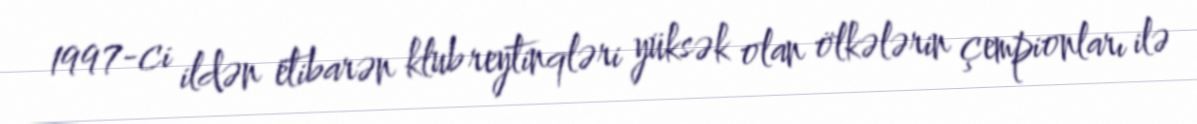
1997-ci ildən etibarən klub reytinqləri yüksək olan ölkələrin çempionları ilə